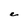
Character: e